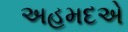
અહમદએ